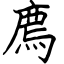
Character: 廌